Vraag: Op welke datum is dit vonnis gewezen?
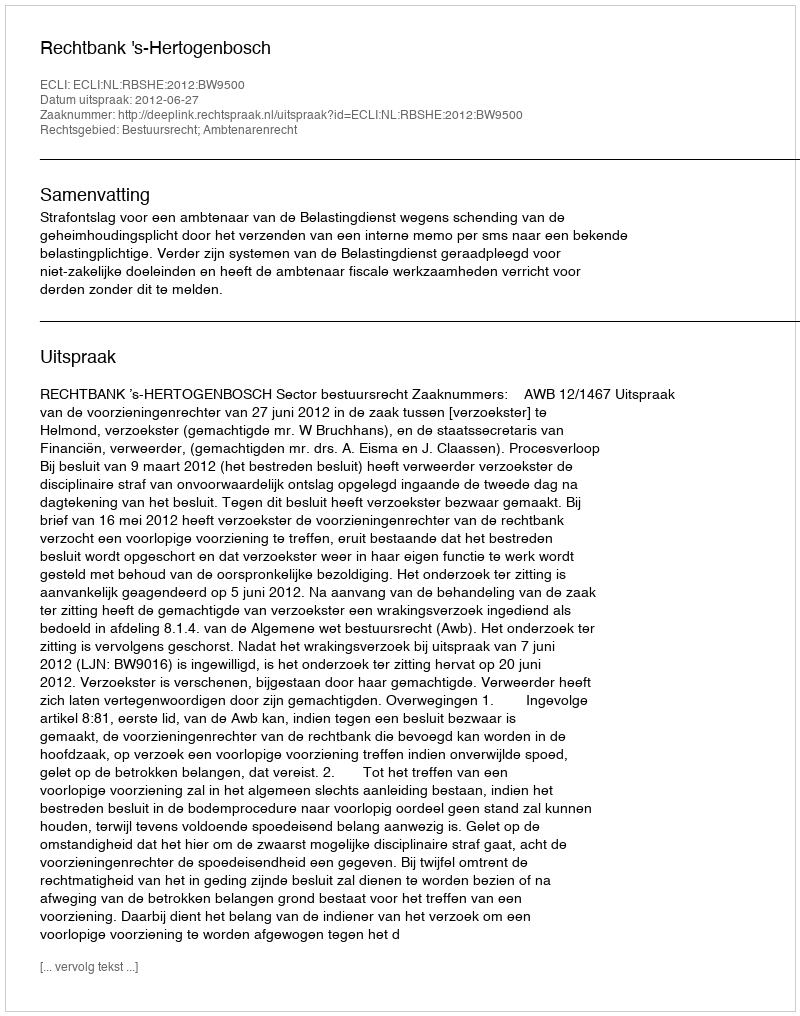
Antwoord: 2012-06-27